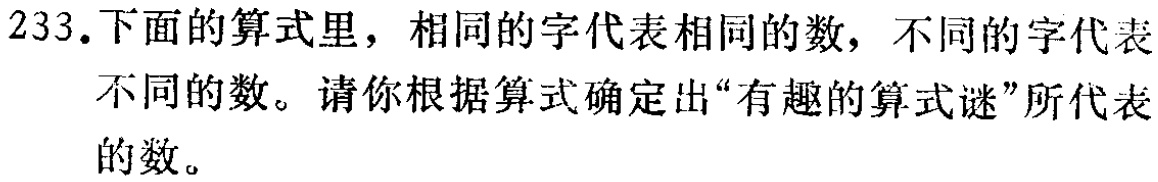
233.下面的算式里，相同的字代表相同的数，不同的字代表不同的数。请你根据算式确定出“有趣的算式谜”所代表的数。